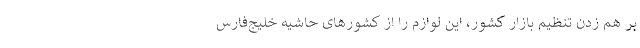
بر هم زدن تنظیم بازار کشور، این لوازم را از کشورهای حاشیه خلیج‌فارس